Rangoon Lunatic Asylum 1893-1897 - 1893-1897
Year: 1893
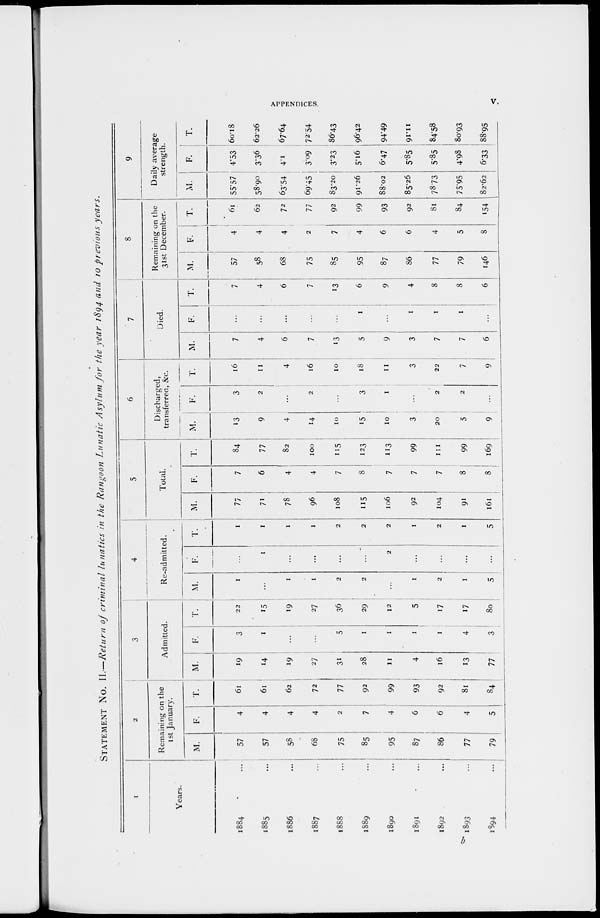
APPENDICES.
V.
STATEMENT No. II.—Return of criminal lunatics in the Rangoon Lunatic Asylum for the year 1894 and 10 previous
years.
1
Years.
1884 ...
1885 ...
1886 ...
1887 ...
1888 ...
1889 ...
1890 ...
1891 ...
1892 ...
1893 ...
1894
...
2
Remaining on the
1st January.
M.
57
57
58
68
75
85
95
87
86
77
79
F.
4
4
4
4
2
7
4
6
6
4
5
T.
61
61
62
72
77
92
99
93
92
81
84
3
Admitted.
M.
19
14
19
27
31
28
11
4
16
13
77
F.
3
1
...
...
5
1
1
1
1
4
3
T.
22
15
19
27
36
29
12
5
17
17
80
4
Re-admitted.
M.
1
...
1
1
2
2
...
1
2
1
5
F.
...
1
...
...
...
...
2
...
...
...
...
T.
1
1
1
1
2
2
2
1
2
1
5
5
Total.
M.
77
71
78
96
108
115
106
92
104
91
161
F.
7
6
4
4
7
8
7
7
7
8
8
T.
84
77
82
100
115
123
113
99
111
99
169
6
Discharged,
transferred, &c.
M.
13
9
4
14
10
15
10
3
20
5
9
F.
3
2
...
2
...
3
1
...
2
2
...
T.
16
11
4
16
10
18
11
3
22
7
9
7
Died.
M.
7
4
6
7
13
5
9
3
7
7
6
F.
...
...
...
...
...
1
...
1
1
1
...
T.
7
4
6
7
13
6
9
4
8
8
6
8
Remaining on the
31st December.
M.
57
58
68
75
85
95
87
86
77
79
146
F.
4
4
4
2
7
4
6
6
4
5
8
T.
61
62
72
77
92
99
93
92
81
84
154
9
Daily average
strength.
M.
55.57
58.90
63.54
69.45
83.20
91.26
88.02
85.25
78.73
75.95
82.62
F.
4.53
3.36
4.1
3.09
3.23
5.16
6.47
5.85
5.85
4.98
6.33
T.
60.18
62.26
67.64
72.54
86.43
96.42
94.49
91.11
84.58
80.93
88.95
b